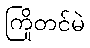
ကြိုတင်မဲ